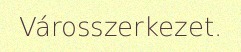
Városszerkezet.